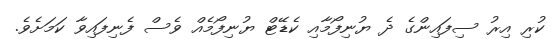
ކުރި އިރު ސިފައިންގެ ދެ ޔުނިފޯމާއި ކެޑޭޓް ޔުނިފޯމެއް ވެސް ފެނިފައިވާ ކަމަށެވެ.